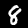
Digit: 8